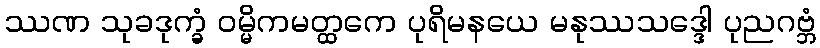
ဿဏ သုခဒုက္ခံ ဝမ္မိကမတ္ထကေ ပုရိမနယေ မနုဿသဒ္ဒေါ ပုညဂဗ္ဘံ